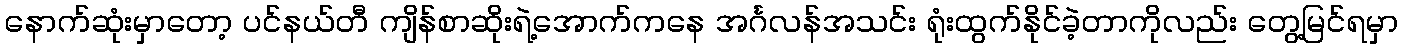
နောက်ဆုံးမှာတော့ ပင်နယ်တီ ကျိန်စာဆိုးရဲ့အောက်ကနေ အင်္ဂလန်အသင်း ရုံးထွက်နိုင်ခဲ့တာကိုလည်း တွေ့မြင်ရမှာ